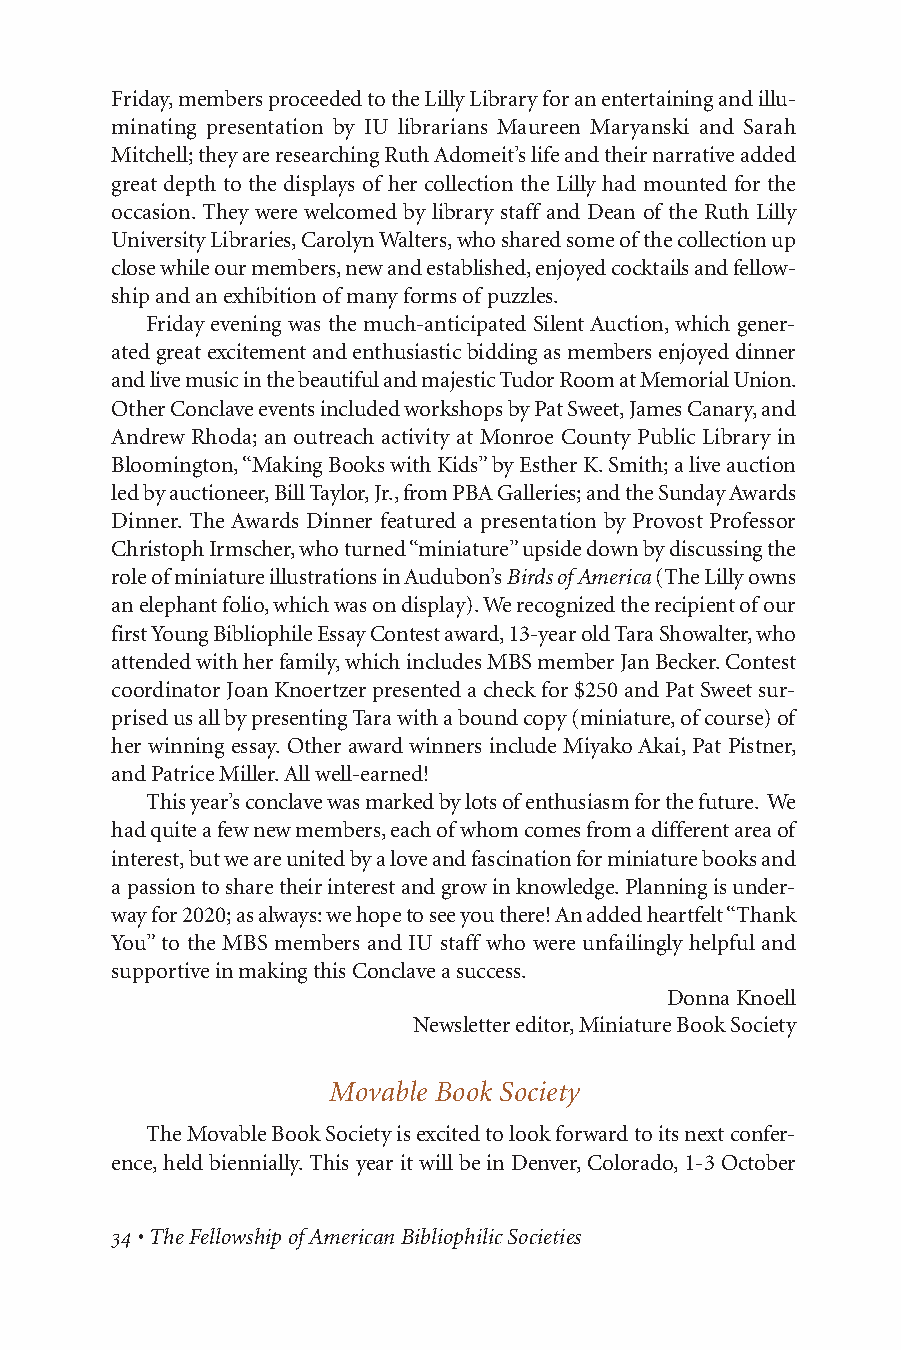
Friday, members proceeded to the Lilly Library for an entertaining and illu-
 minating presentation by IU librarians Maureen Maryanski and Sarah
 Mitchell; they are researching Ruth Adomeit’s life and their narrative added
 great depth to the displays of her collection the Lilly had mounted for the
 occasion. They were welcomed by library staff and Dean of the Ruth Lilly
 University Libraries, Carolyn Walters, who shared some of the collection up
 close while our members, new and established, enjoyed cocktails and fellow-
 ship and an exhibition of many forms of puzzles.
 Friday evening was the much-anticipated Silent Auction, which gener-
 ated great excitement and enthusiastic bidding as members enjoyed dinner
 and live music in the beautiful and majestic Tudor Room at Memorial Union.
 Other Conclave events included workshops by Pat Sweet, James Canary, and
 Andrew Rhoda; an outreach activity at Monroe County Public Library in
 Bloomington, “Making Books with Kids” by Esther K. Smith; a live auction
 led by auctioneer, Bill Taylor, Jr., from PBA Galleries; and the Sunday Awards
 Dinner. The Awards Dinner featured a presentation by Provost Professor
 Christoph Irmscher, who turned “miniature” upside down by discussing the
 role of miniature illustrations in Audubon’s Birds of America(The Lilly owns
 an elephant folio, which was on display). We recognized the recipient of our
 first Young Bibliophile Essay Contest award, 13-year old Tara Showalter, who
 attended with her family, which includes MBS member Jan Becker. Contest
 coordinator Joan Knoertzer presented a check for $250 and Pat Sweet sur-
 prised us all by presenting Tara with a bound copy (miniature, of course) of
 her winning essay. Other award winners include Miyako Akai, Pat Pistner,
 and Patrice Miller. All well-earned!
 This year’s conclave was marked by lots of enthusiasm for the future. We
 had quite a few new members, each of whom comes from a different area of
 interest, but we are united by a love and fascination for miniature books and
 a passion to share their interest and grow in knowledge. Planning is under-
 way for 2020; as always: we hope to see you there! An added heartfelt “Thank
 You” to the MBS members and IU staff who were unfailingly helpful and
 supportive in making this Conclave a success.
 Donna Knoell
 Newsletter editor, Miniature Book Society
 Movable Book Society
 The Movable Book Society is excited to look forward to its next confer-
 ence, held biennially. This year it will be in Denver, Colorado, 1-3 October
 • The Fellowship of American Bibliophilic Societies